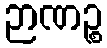
ဉာဏဉ္စ